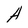
Character: A